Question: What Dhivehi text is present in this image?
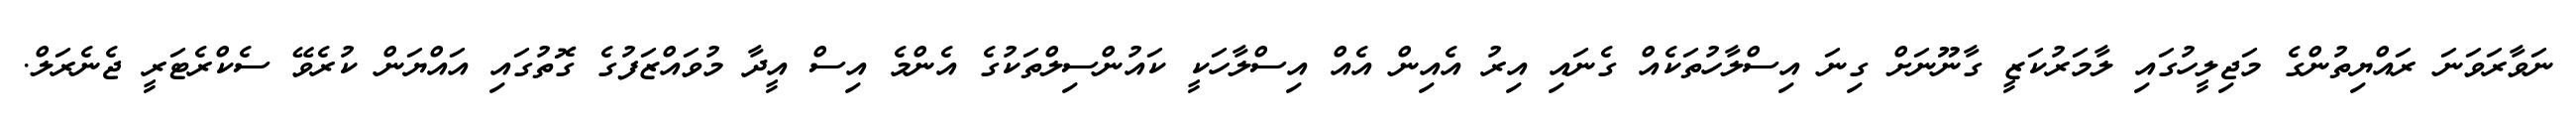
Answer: ނަވާރަވަނަ ރައްޔިތުންގެ މަޖިލީހުގައި ލާމަރުކަޒީ ގާނޫނަށް ގިނަ އިސްލާހުތަކެއް ގެނައި އިރު އެއިން އެއް އިސްލާހަކީ ކައުންސިލްތަކުގެ އެންމެ އިސް އީދާ މުވައްޒަފުގެ ގޮތުގައި އައްޔަން ކުރެވޭ ސެކްރެޓަރީ ޖެނެރަލް.